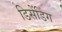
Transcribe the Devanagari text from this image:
डिसेंडिंग